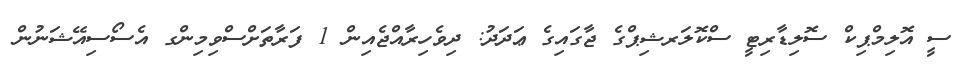
ސީ އޮލިމްޕިކް ސޮލިޑާރިޓީ ސްކޮލަރޝިޕްގެ ޖާގައިގެ ޢަދަދު: ދިވެހިރާއްޖެއިން 1 ފަރާތަށްސްވިމިންގ އެސޯސިއޭޝަނުން